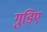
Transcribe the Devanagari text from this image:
गुड़िए